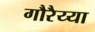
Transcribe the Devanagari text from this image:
गौरैय्या